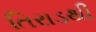
તિરાડથી